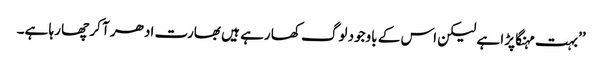
’’بہت مہنگا پڑا ہے لیکن اس کے باوجود لوگ کھا رہے ہیں بھارت ادھر آ کر چھا رہا ہے۔